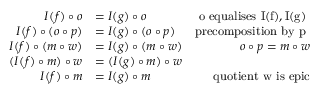
\begin{array} { r l r } { I ( f ) \circ o } & { = I ( g ) \circ o } & { \mathrm { ~ o ~ e q u a l i s e s ~ I ( f ) , I ( g ) ~ } } \\ { I ( f ) \circ ( o \circ p ) } & { = I ( g ) \circ ( o \circ p ) } & { \mathrm { p r e c o m p o s i t i o n ~ b y ~ p ~ } } \\ { I ( f ) \circ ( m \circ w ) } & { = I ( g ) \circ ( m \circ w ) } & { o \circ p = m \circ w } \\ { ( I ( f ) \circ m ) \circ w } & { = ( I ( g ) \circ m ) \circ w } \\ { I ( f ) \circ m } & { = I ( g ) \circ m } & { \mathrm { q u o t i e n t ~ w ~ i s ~ e p i c } } \end{array}